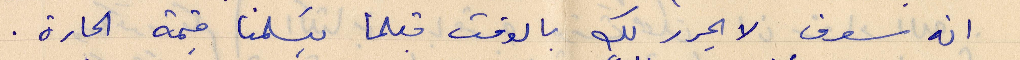
انه سوف لا يحرر لك بالوقت قبلما يسلمنا قيمة الحارة.